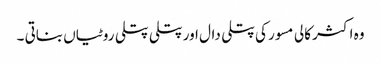
وہ اکثر کالی مسور کی پتلی دال اور پتلی پتلی روٹیاں بناتی ۔